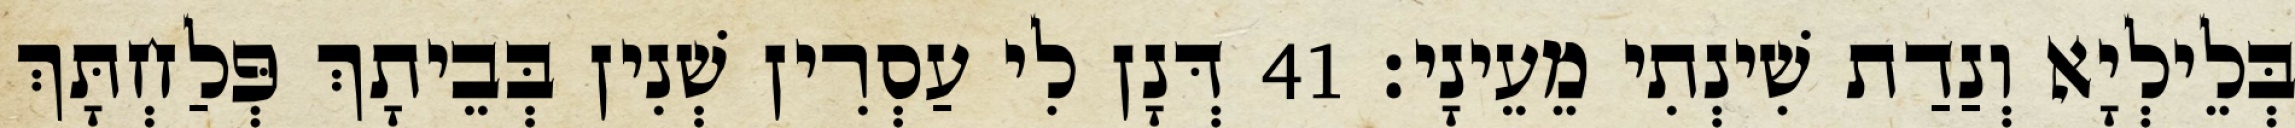
בְּלֵילְיָא וְנַדַת שִׁינְתִי מֵעֵינָי׃ 41 דְּנָן לִי עַסְרִין שְׁנִין בְּבֵיתָךְ פְּלַחְתָּךְ